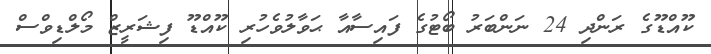
ކޫއްޑޫގެ ރަންދި 24 ނަންބަރު ބޯޓުގެ ފައިސާއާ ޙަވާލުވެހުރި ކޫއްޑޫ ފިޝަރީޒް މޯލްޑިވްސް